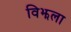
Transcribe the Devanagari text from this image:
विझला